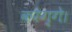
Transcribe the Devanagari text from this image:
करेग्गे।